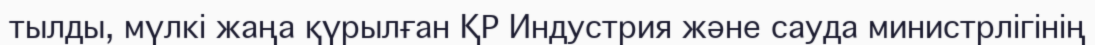
тылды, мүлкі жаңа қүрылған ҚР Индустрия және сауда министрлігінің